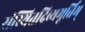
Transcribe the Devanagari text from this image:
संस्थितदिव्यमूर्तिम्